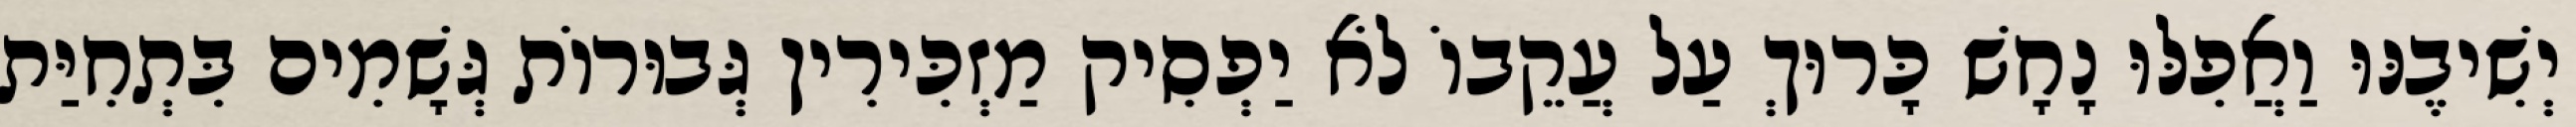
יְשִׁיבֶנּוּ וַאֲפִלּוּ נָחָשׁ כָּרוּךְ עַל עֲקֵבוֹ לֹא יַפְסִיק מַזְכִּירִין גְּבוּרוֹת גְּשָׁמִים בִּתְחִיַּת